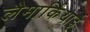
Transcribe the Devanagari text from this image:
लैमार्कियाई